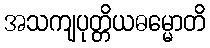
အသကျပုတ္တိယဓမ္မောတိ